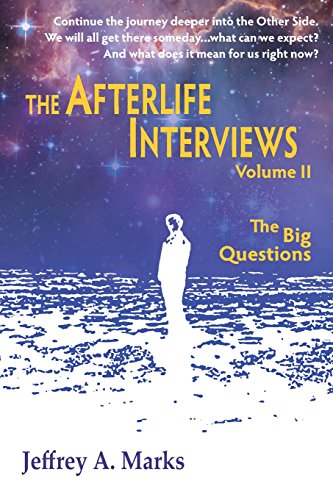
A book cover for The Afterlife Interviews: Volume II; Jeffrey a. Marks; Religion & Spirituality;